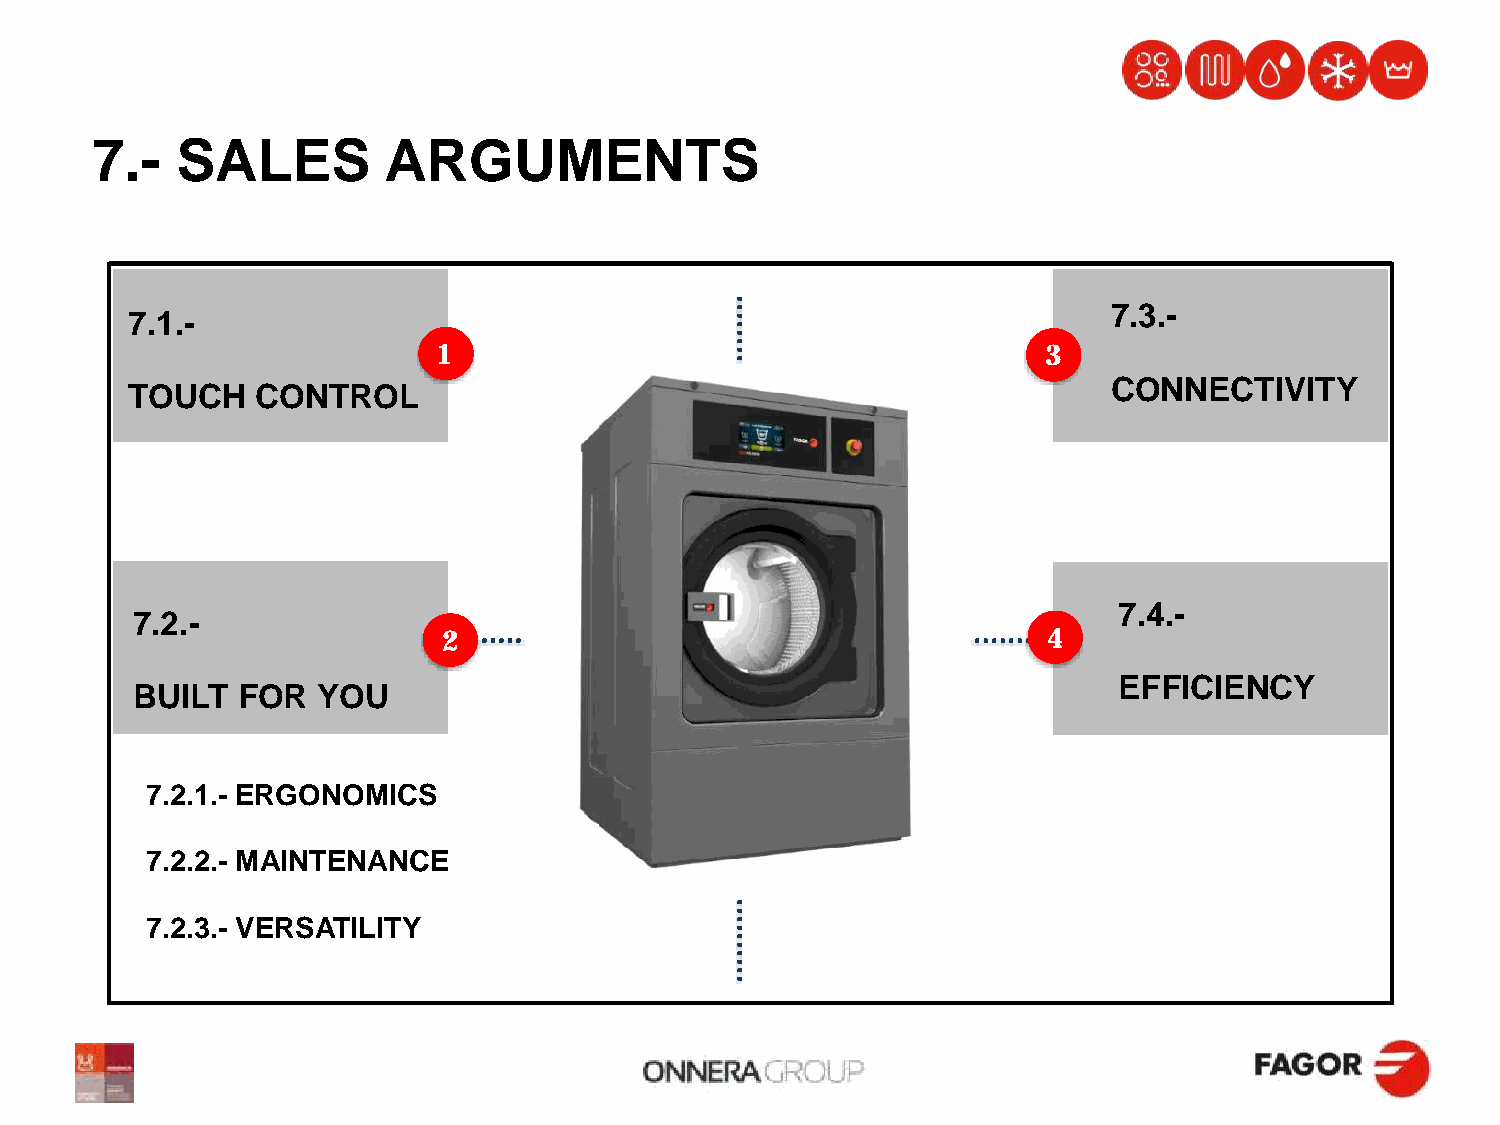
7.-   SALES        ARGUMENTS
 7.3.-
 7.1.-
 1                                       3
 CONNECTIVITY
 TOUCH   CONTROL
 7.4.-
 7.2.-
 2                                       4
 EFFICIENCY
 BUILT  FOR  YOU
 7.2.1.- ERGONOMICS
 7.2.2.- MAINTENANCE
 7.2.3.- VERSATILITY